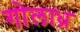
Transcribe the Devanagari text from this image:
गोलाध्र